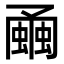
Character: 𧐘